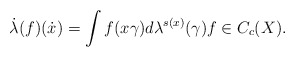
\begin{gather*}\dot\lambda(f)(\dot x)=\int f(x\gamma)d\lambda^{s(x)}(\gamma)f\in C_c(X).\end{gather*}